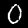
Label: 0